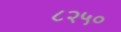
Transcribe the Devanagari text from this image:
८२५०